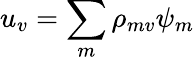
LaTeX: u_{v}=\sum_{m}\rho_{mv}\psi_{m}